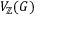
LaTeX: V _ { \mathbb { Z } } ( G )